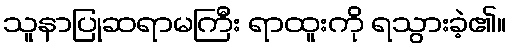
သူနာပြုဆရာမကြီး ရာထူးကို ရသွားခဲ့၏။